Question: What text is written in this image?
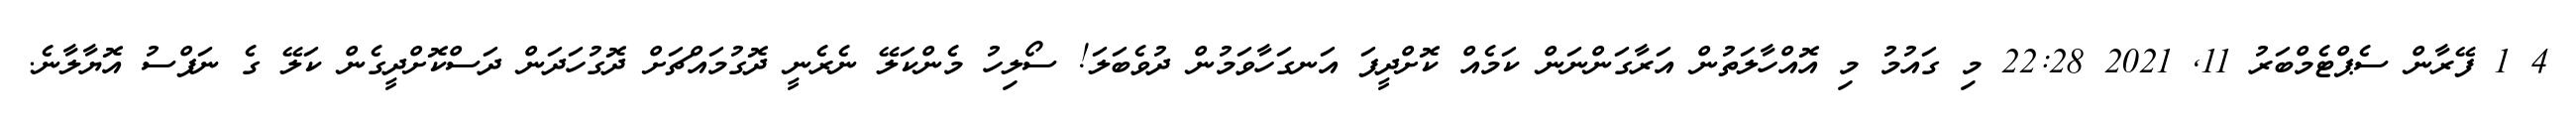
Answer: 4 1 ފޭރާން ސެޕްޓެމްބަރު 11, 2021 22:28 މި ގައުމު މި އޮއްހާލަތުން އަރާގަންނަން ކަމެއް ކޮށްދީފަ އަނގަހާވަމުން ދުވެބަލަ! ސޯލިހު މެންކަލޭ ނެރެނީ ދޮގުމައްޗަށް ދޮގުހަދަން ދަސްކޮށްދީގެން ކަލޭ ގެ ނަފްސު އޮޔާލާނެ.